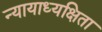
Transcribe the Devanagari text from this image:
न्यायाध्यक्षिता